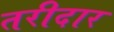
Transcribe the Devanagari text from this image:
तरीदार